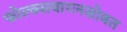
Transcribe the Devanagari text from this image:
फोल्क्सवागनसोबत